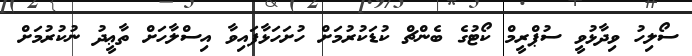
ސޯލިހު ވިދާޅުވީ ސުޕްރީމް ކޯޓުގެ ބެންޗް ކުޑަކުރުމަށް ހުށަހަޅާފައިވާ އިސްލާހަށް ތާޢީދު ނުކުރުމަށް